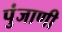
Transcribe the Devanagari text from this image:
पुंजाणी